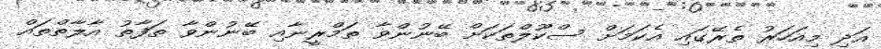
އަދި މިއަހަރު ތެރޭގައި އެކަމަށް ސްކޫލްތަކަށް ބޭނުންވާ ތަމްރީނާއި ބޭނުންވާ ތަފާތު އާލާތްތައް